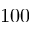
1 0 0